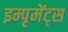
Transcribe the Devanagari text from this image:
इम्पृमेंट्स